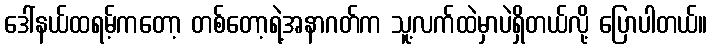
ဒေါ်နယ်ထရမ့်ကတော့ တစ်တော့ရဲ့အနာဂတ်က သူ့လက်ထဲမှာပဲရှိတယ်လို့ ပြောပါတယ်။